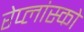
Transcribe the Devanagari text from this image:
रेप्लांस्को